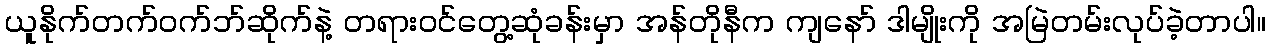
ယူနိုက်တက်ဝက်ဘ်ဆိုက်နဲ့ တရားဝင်တွေ့ဆုံခန်းမှာ အန်တိုနီက ကျနော် ဒါမျိုးကို အမြဲတမ်းလုပ်ခဲ့တာပါ။